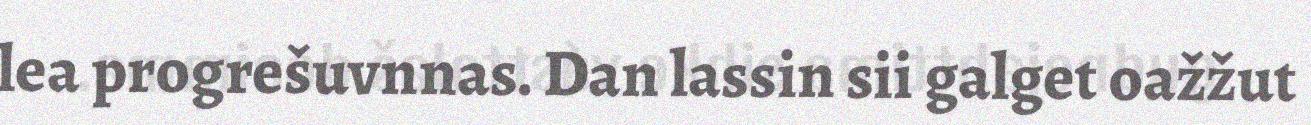
lea progrešuvnnas. Dan lassin sii galget oažžut